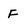
Character: F